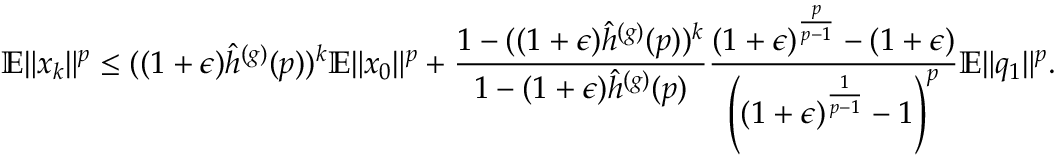
\mathbb { E } \Vert x _ { k } \Vert ^ { p } \leq ( ( 1 + \epsilon ) \hat { h } ^ { ( g ) } ( p ) ) ^ { k } \mathbb { E } \Vert x _ { 0 } \Vert ^ { p } + \frac { 1 - ( ( 1 + \epsilon ) \hat { h } ^ { ( g ) } ( p ) ) ^ { k } } { 1 - ( 1 + \epsilon ) \hat { h } ^ { ( g ) } ( p ) } \frac { ( 1 + \epsilon ) ^ { \frac { p } { p - 1 } } - ( 1 + \epsilon ) } { \left( ( 1 + \epsilon ) ^ { \frac { 1 } { p - 1 } } - 1 \right) ^ { p } } \mathbb { E } \Vert q _ { 1 } \Vert ^ { p } .